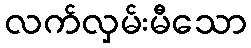
လက်လှမ်းမီသော